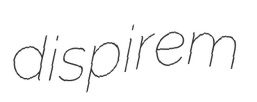
dispirem